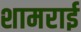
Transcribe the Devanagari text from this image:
शामराई